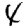
Digit: 4